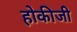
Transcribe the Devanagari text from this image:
होकीजी